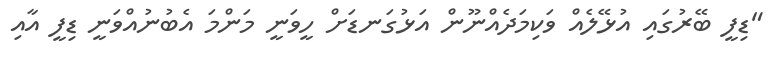
"ޑިފީ ބޭރުގައި އުޅޭލެއް ވަކިމަދެއްނޫން އަޅުގަނޑަށް ހީވަނީ މަންމަ އެބުނުއްވަނީ ޑިފީ އާއި